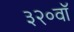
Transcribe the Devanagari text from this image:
३२०वॉ